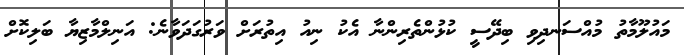
މައުލޫމާތު މުއްސަނދިވި ބިދޭސީ ކުޅުންތެރިންނާ އެކު ނިއު އިތުރަށް ވަރުގަދަވާނެ: އަނިލްމާޒިޔާ ބަލިކޮށް